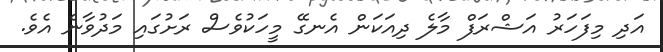
އަދި މިފަހަރު އަޝްރަފް މާލެ ދިއަކަން އެނގޭ މީހަކުވެސް ރަށުގައި މަދުވާނެ އެވެ.